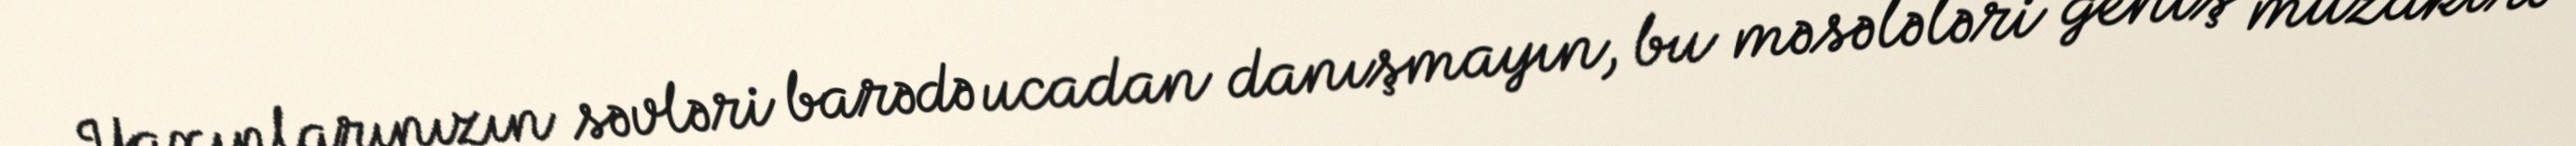
Yaxınlarınızın səvləri barədə ucadan danışmayın, bu məsələləri geniş müzakirə